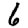
Digit: 6